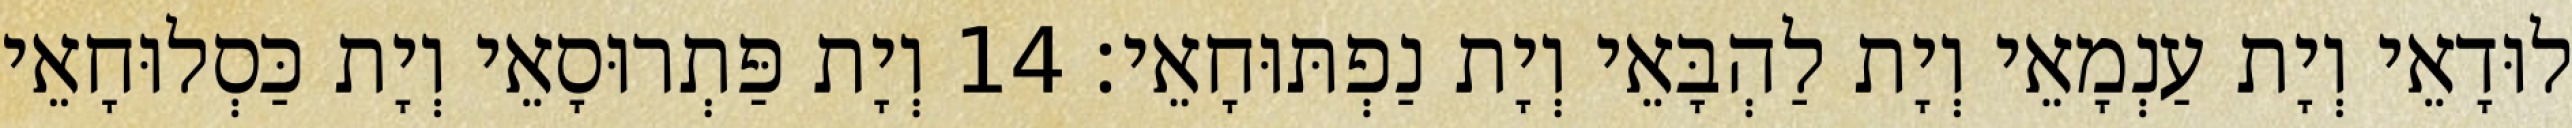
לוּדָאֵי וְיָת עַנְמָאֵי וְיָת לַהְבָּאֵי וְיָת נַפְתּוּחָאֵי׃ 14 וְיָת פַּתְרוּסָאֵי וְיָת כַּסְלוּחָאֵי